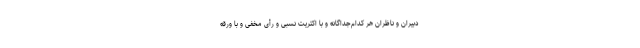
دبیران و ناظران هر کدام‌جداگانه و با اکثریت نسبی و رأی مخفی و با ورقه